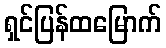
ရှင်ပြန်ထမြောက်